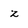
Character: z